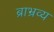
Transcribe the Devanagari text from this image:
ब्राभ्रव्य